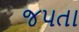
જપતા